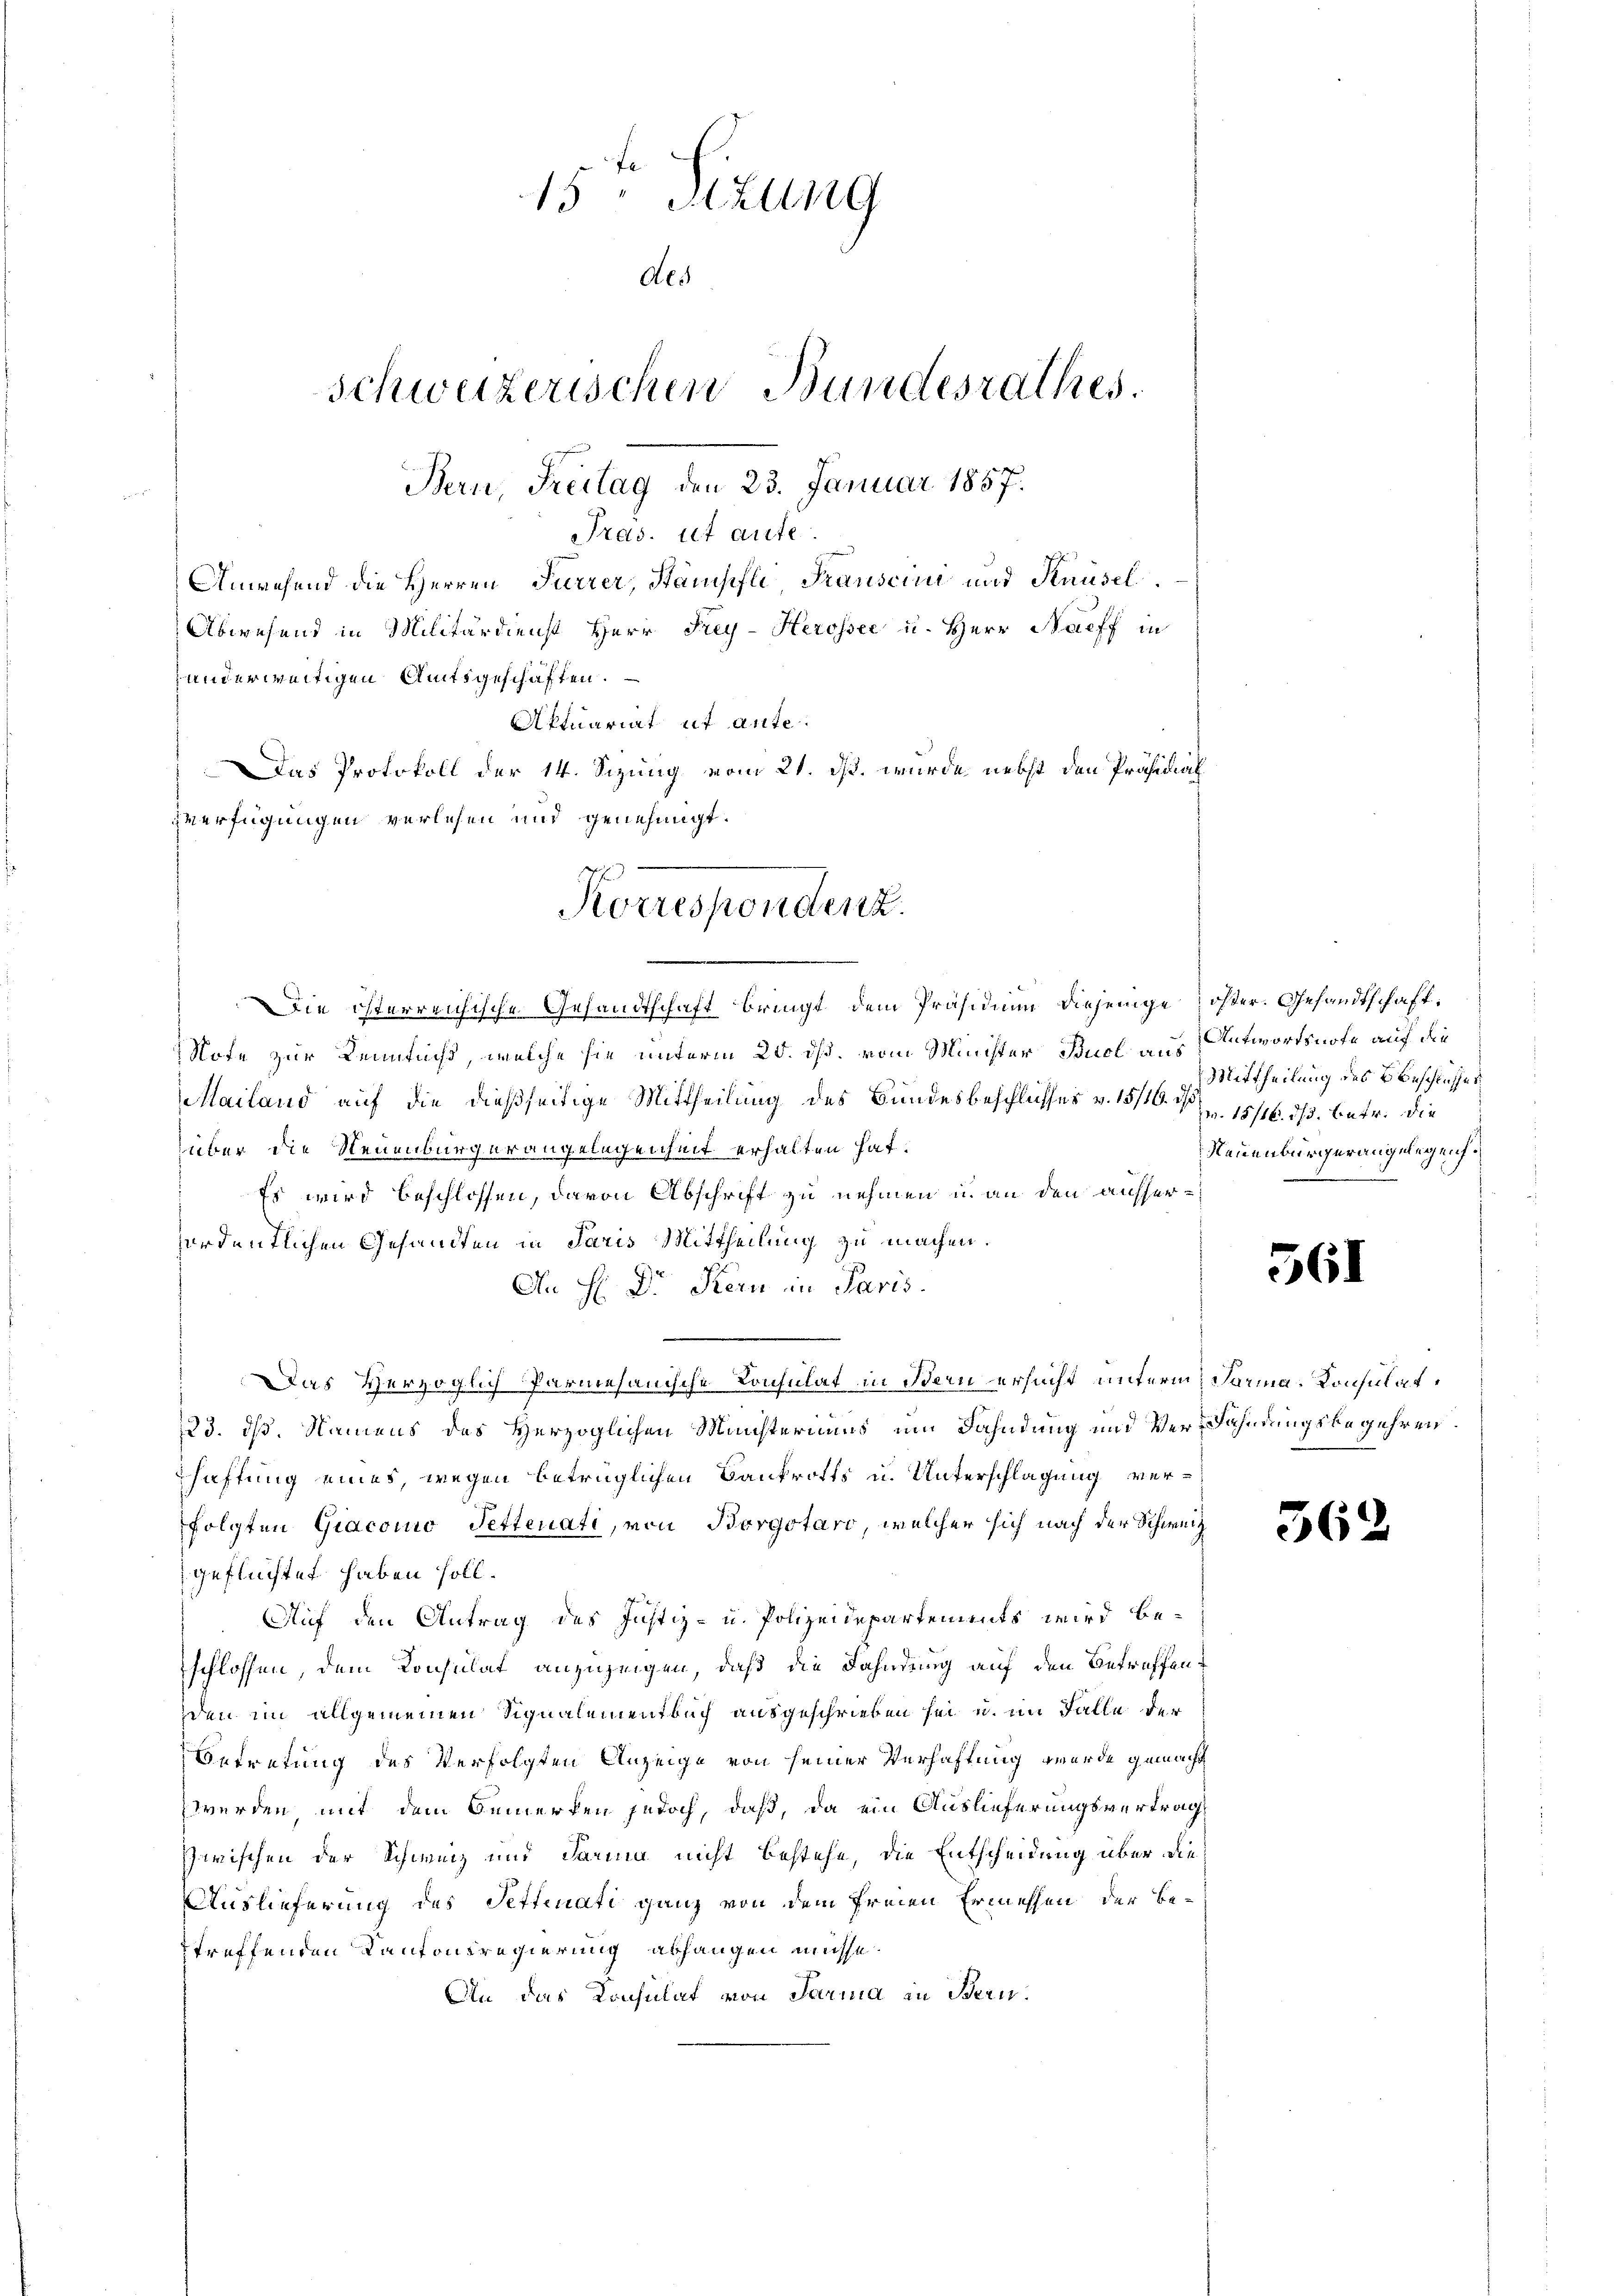
15ten Sizung
Als
Schweizerischen Bundesrathes.
Bern, Freitag den 23. Januar 1857.
Pras. ist aufe.
Anwesend die Herren Furrer, Stanischli Franscini und Knüsel
Abwesend in Militärdienst Herr Frey-Herossee u. Herr Naeff in
anderweitigen Amtsgeschäften.
Aktuariat et ante¬
Das Protokoll der 14. Sizung vom 21. ds. wurde nebst den Präsidial
verfügungen verlesen und genehmigt.

Die österreichische Gesandtschaft bringt, dem Präsidium diejenige öster. Gesandtschaft¬
Note zur Kenntniß, welche sie unterm 20. ds. vom Minister Buel aus Antwortsnote auf die
Mailand auf die dießseitige Mittheilung des Bundesbeschlusses v. 1511015/16. ds. betr. die
über die Neuenburgerangelegenheit erhalten hat.
Es wird beschlossen, davon Abschrift zu nehmen u. an den ausserfordentlichen Gesandten in Paris Mittheilung zu machen.
An H: Dr. Kern in Paris.
Das Herzoglich Parmesanische Consulat in Bern ersucht unterm Sarma-Konsulat
223. dß. Namens des Herzoglichen Meisteriums um Dahndung und Ver-Fahndungsbegehren
shaftung eines, wegen betrüglichen Bankrotts u. Unterschlagung verfolgten Giacoino Pettenati, von Borgotaro, welcher sich nach der Schweiz
geflüchtet haben soll.
Auf den Antrag des Justiz- u. Polizeidepartements wird beschlossen, dem Konsulat anzuzeigen, daß die Fahndung auf den Betreffenden im allgemeinen Signalementbuch ausgeschrieben sei u. im Falle der
Betretung des Verfolgten Anzeige von seiner Verhaftung werde gemacht
werden mit dem Bemerken jedoch, daß, da ein Auslieferungsvertrag
zwischen der Schweiz und darina nicht bestehe, die Entscheidung über die
Auslieferung des Pettinati ganz von dem freien Ermessen der Betreffenden Kantonsregierung abhangen müsse.
An das Konsulat von Parma in Bern.

Korrespondenz.

Mittheilung des Beschlusses
Neuenburgerangelegen.

561

562